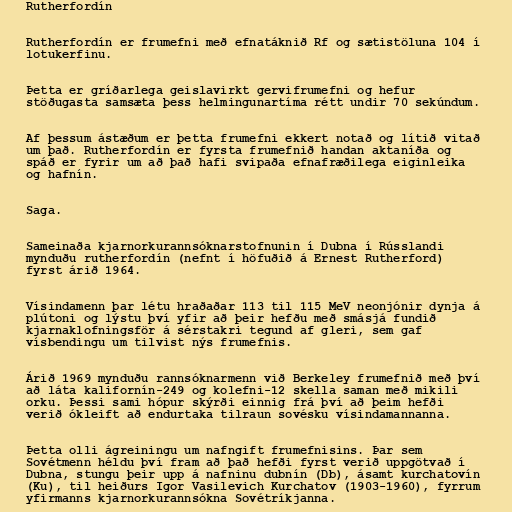
Rutherfordín

Rutherfordín er frumefni með efnatáknið Rf og sætistöluna 104 í
lotukerfinu.

Þetta er gríðarlega geislavirkt gervifrumefni og hefur
stöðugasta samsæta þess helmingunartíma rétt undir 70 sekúndum.

Af þessum ástæðum er þetta frumefni ekkert notað og lítið vitað
um það. Rutherfordín er fyrsta frumefnið handan aktaníða og
spáð er fyrir um að það hafi svipaða efnafræðilega eiginleika
og hafnín.

Saga.

Sameinaða kjarnorkurannsóknarstofnunin í Dubna í Rússlandi
mynduðu rutherfordín (nefnt í höfuðið á Ernest Rutherford)
fyrst árið 1964.

Vísindamenn þar létu hraðaðar 113 til 115 MeV neonjónir dynja á
plútoni og lýstu því yfir að þeir hefðu með smásjá fundið
kjarnaklofningsför á sérstakri tegund af gleri, sem gaf
vísbendingu um tilvist nýs frumefnis.

Árið 1969 mynduðu rannsóknarmenn við Berkeley frumefnið með því
að láta kalifornín-249 og kolefni-12 skella saman með mikili
orku. Þessi sami hópur skýrði einnig frá því að þeim hefði
verið ókleift að endurtaka tilraun sovésku vísindamannanna.

Þetta olli ágreiningu um nafngift frumefnisins. Þar sem
Sovétmenn héldu því fram að það hefði fyrst verið uppgötvað í
Dubna, stungu þeir upp á nafninu dubnín (Db), ásamt kurchatovín
(Ku), til heiðurs Igor Vasilevich Kurchatov (1903-1960), fyrrum
yfirmanns kjarnorkurannsókna Sovétríkjanna.